NAE_ERA_R-1950_Eesti_Ajakirjanike_Liit, lk 90
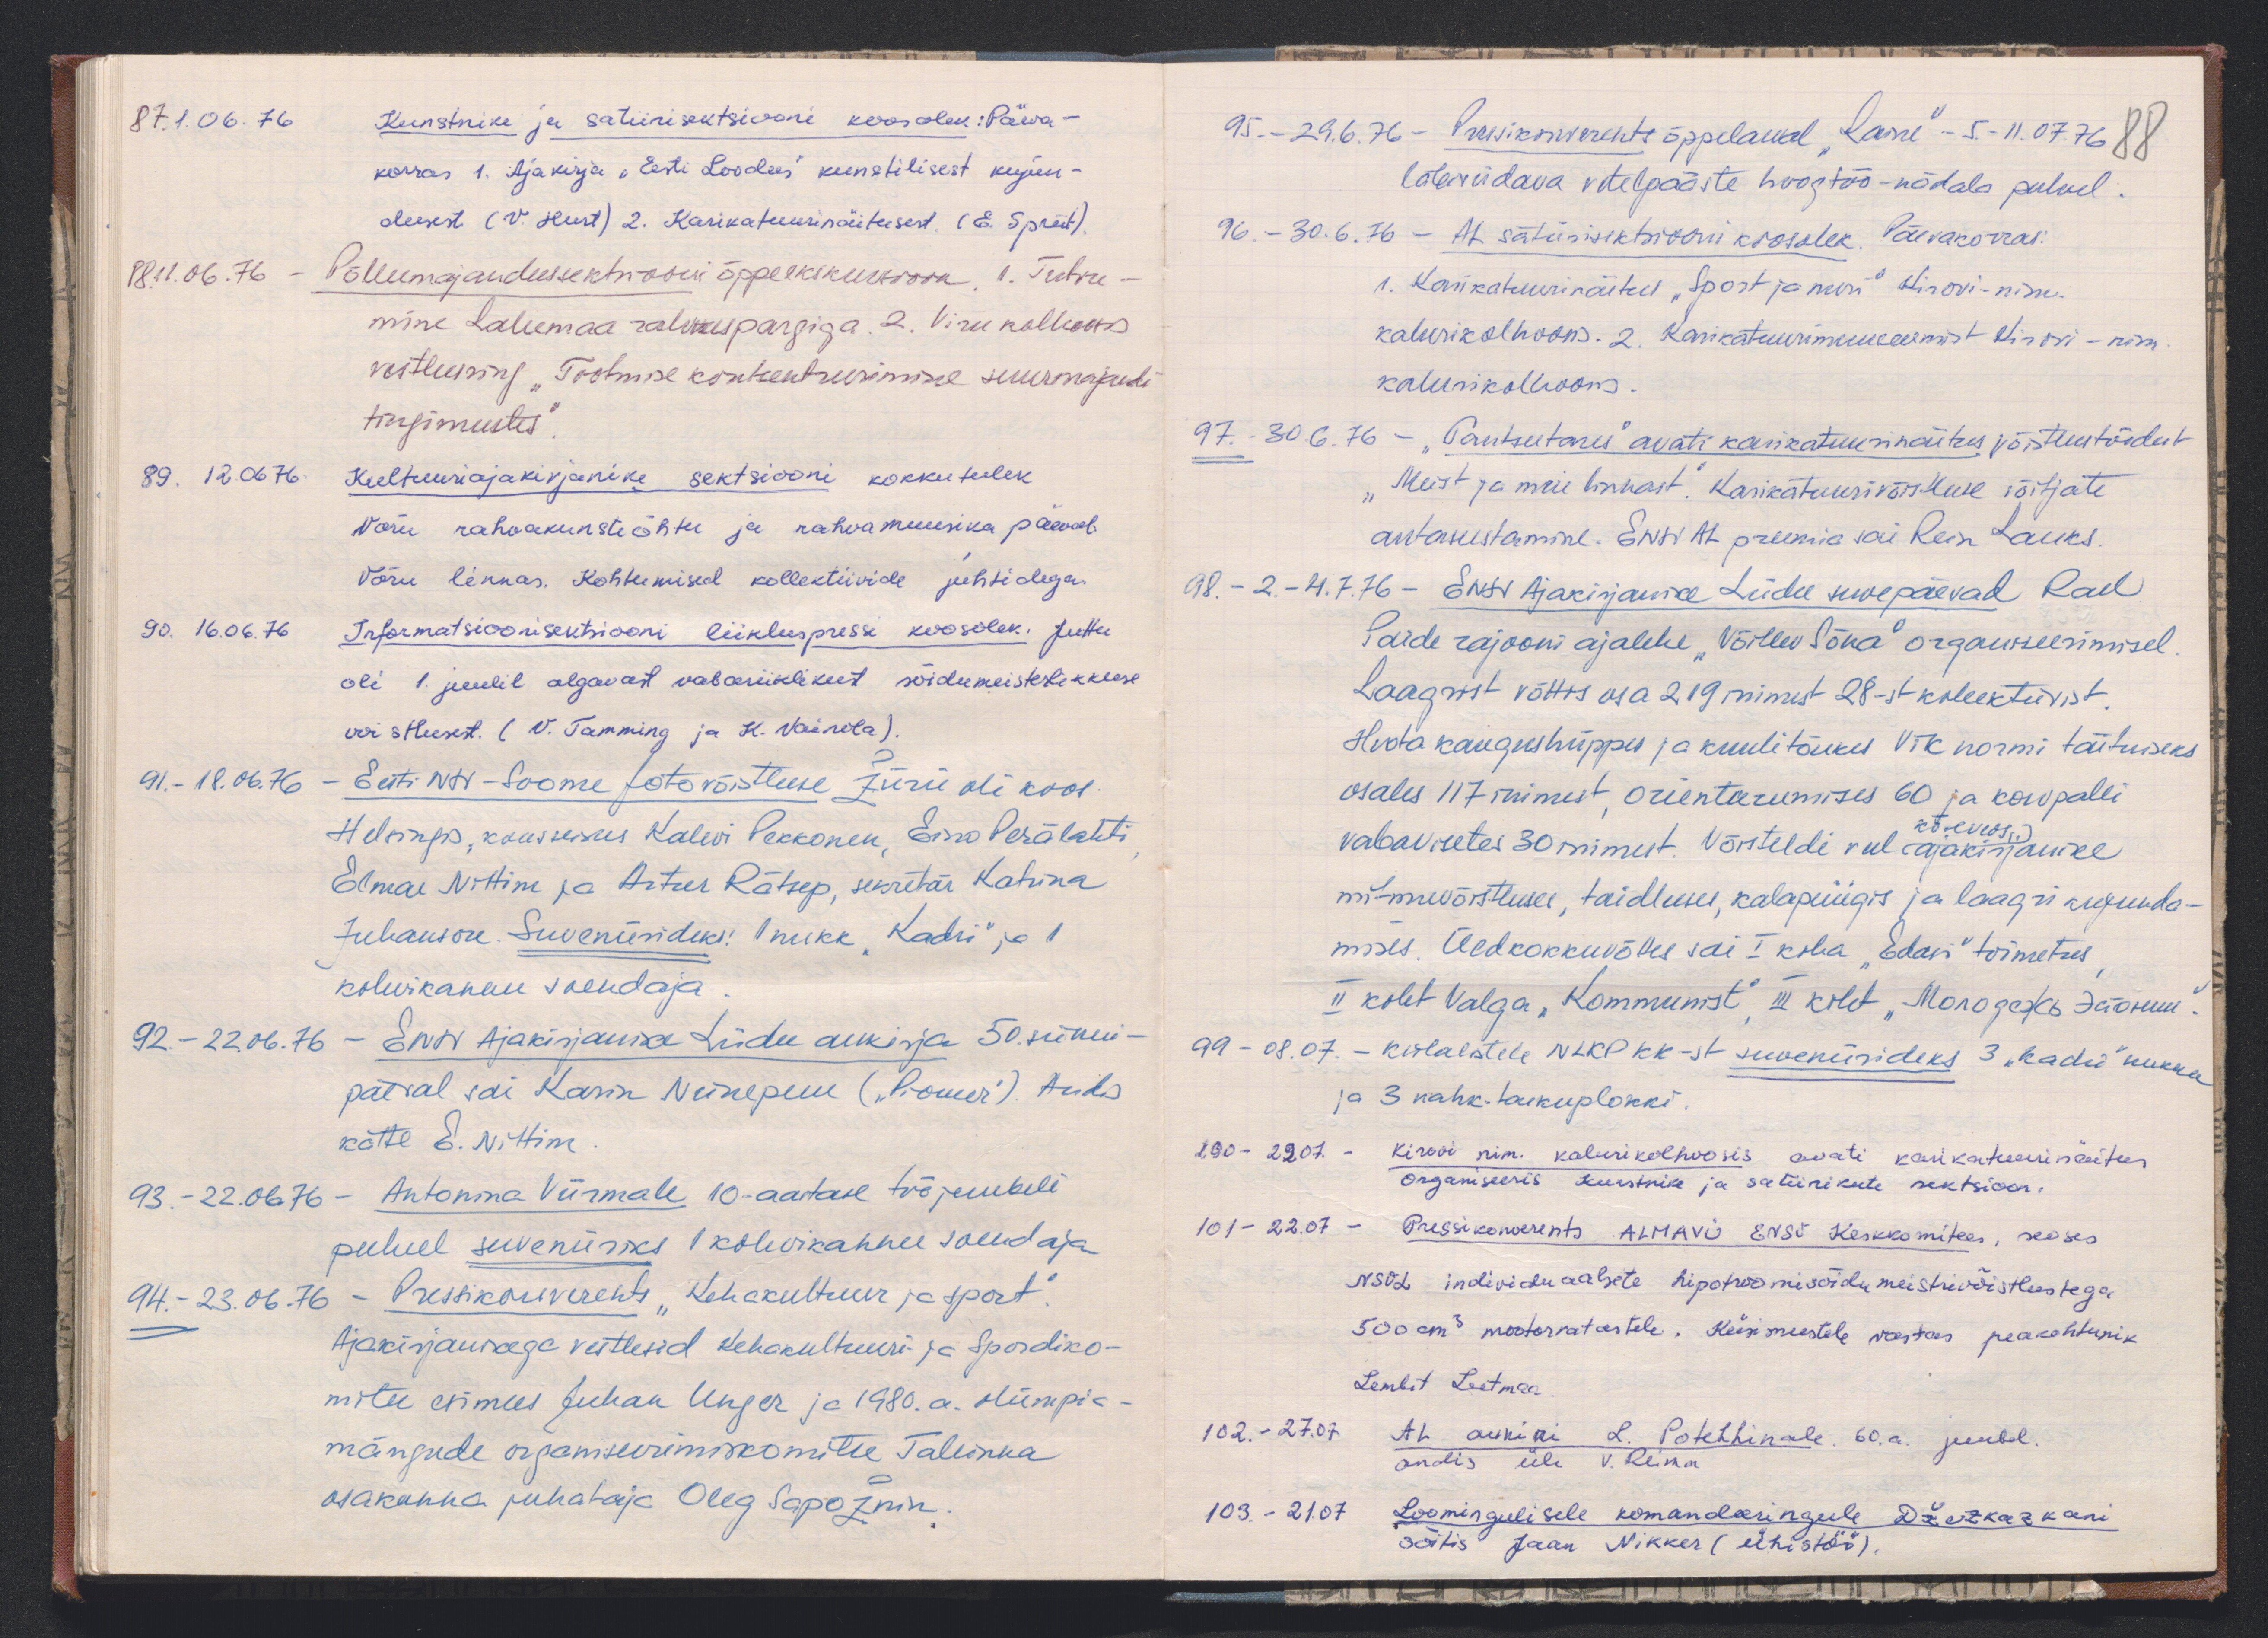
87. 1.06.76 Kunstniku ja satiirisektsiooni koosolek: Päeva-
korras 1. Ajakirja "Eesti Loodus" kunstilisest kujun-
dusest (V. Hurt) 2. Karikatuurinäitusest (E. Spriit).
88. 11.06.76 Põllumajandussektsiooni õppeekskursioon, 1. Tutvu-
mine Lahemaa rahvuspargiga. 2. Viru kolhoosis
vestlusring "Tootmise kontsentreerimine suurmajandi
tingimustes"
89. 12.06.76. Kultuuriajakirjanike sektsiooni kokkutulek
Võru rahvakunstiõhtu ja rahvamuusika päeval.
Võru linnas. Kohtumised kollektiivide juhtidega
90. 16.06.76 Informatsioonisektsiooni liikluspressi koosolek. Juttu
oli 1. juulil algavast vabariiklikust sõidumeisterlikkuse
voistlusest. (V. Tamming ja K. Vainola).
91. - 18.06.76 - Eesti NSV-Soome fotovõistluse žürii oli koos
Helsingis, koosseisus Kalevi Pakkonen, Eino Perälahti
Elmar Nittim ja Artur Rätsep, sekretär Katrina
Juhanson. Suveniirideks: 1 nukk "Kadri" ja 1
kohvikannu soendaja
92. - 22.06.76 - ENSV Ajakirjanike Liidu aukirja 50. sünni-
päeval sai Karin Niinepuu ("Pioneer"). Andis
kätte E. Nittim.
93. - 22.06.76 - Antonina Viirmale 10-aastase tööjuubeli
puhul suveniiriks 1 kohvikannu soendaja
94. - 23.06.76 - Pressikonverents "Kehakultuur ja sport".
Ajakirjanikega vestlesid Kehakultuuri ja Spordiko-
mitee esimees Juhan Unger ja 1980. a. olümpia-
mängude organiseerimiskomitee Tallinna
osakonna juhataja Oleg Sapožnin.

95. - 29.6.76 - Pressikonverents õppelaeval "Laine" - 5.-11.07.76
88
läbiviidava vetelpääste hoogtöö-nädala puhul
96. - 30.6.76 - AL satiirisektsiooni koosolek. Päevakorras.
1. Karikatuurinäitus "Sport ja meri" Kirovi-nim.
kalurikolhoosis. 2. Karikatuurimuuseumist Kirovi-nim.
kalurikolhoosis.
97. 30.6.76 - "Tantsutares" avati karikatuurinäitus võistlustöödest
"Meist ja meie linnast". Karikatuurivõistluse võitjate
autasustamine. ENSV AL preemia sai Rein Lauks.
98. - 2.-4.7.76 - Eesti Ajakirjanike Liidu suvepäevad Rael
Paide rajooni ajalehe "Võitlev Sõna" organiseerimisel.
Laagrist võttis osa 219 inimest 28-st kollektiivist
Hoota kaugushüppes ja kuulitõukes VTK normi täitmiseks
osales 117 inimest, orienteerumises 60 ja korvpalli
vabavisetes 30 inimest. Võisteldi veel ajakirjanike
köieveos
mitmevõistluse, taidluses, kalapüügis ja laagri kujunda-
mises. Üldkokkuvõttes sai I koha "Edasi" toimetus
II koht Valga "kommunist", III koht "Monogods Laosuu"
99 - 08.07. - külalistele NLKP KK-st suveniriideks 3 "Kadri" nukku
ja 3 nahk-taskuplokki.
100 - 22.07. - Kirovi nim kalurikolhoosis avati karikatuurinäitus
Organiseeris kunstnike ja satiirikute sektsioon.
101 - 22.07. - Pressikonverents ALMAVÜ ENSV Keskkomitees, seoses
NSVL individuaalsete hipotroomisõidu meistrivõistlustega
500 cm3 mootorratastele. Küsimustele vastas peakohtunik
Lembit Leetmaa
102. - 27.07 AL aukiri L. Potehhinale 60. a. juubel.
andis üle V. Reima
103. - 21.07 Loomingulisele komandeeringule Džezkazkani
sõitis Jaan Nikker (Ühistöö).